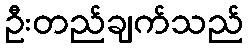
ဦးတည်ချက်သည်